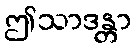
ဤသာဒန္တာ